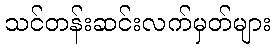
သင်တန်းဆင်းလက်မှတ်များ